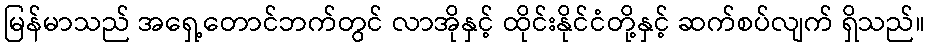
မြန်မာသည် အရှေ့တောင်ဘက်တွင် လာအိုနှင့် ထိုင်းနိုင်ငံတို့နှင့် ဆက်စပ်လျက် ရှိသည်။